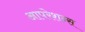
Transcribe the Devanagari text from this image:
आपरेशन्स